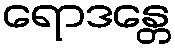
ရောဒန္တေ